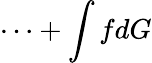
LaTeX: \cdots+\int fdG